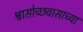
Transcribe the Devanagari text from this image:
श्वासोच्छवासाच्या